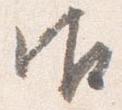
御